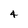
Character: 4